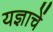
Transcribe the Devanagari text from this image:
यज्ञाचें